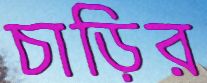
চাড়ির